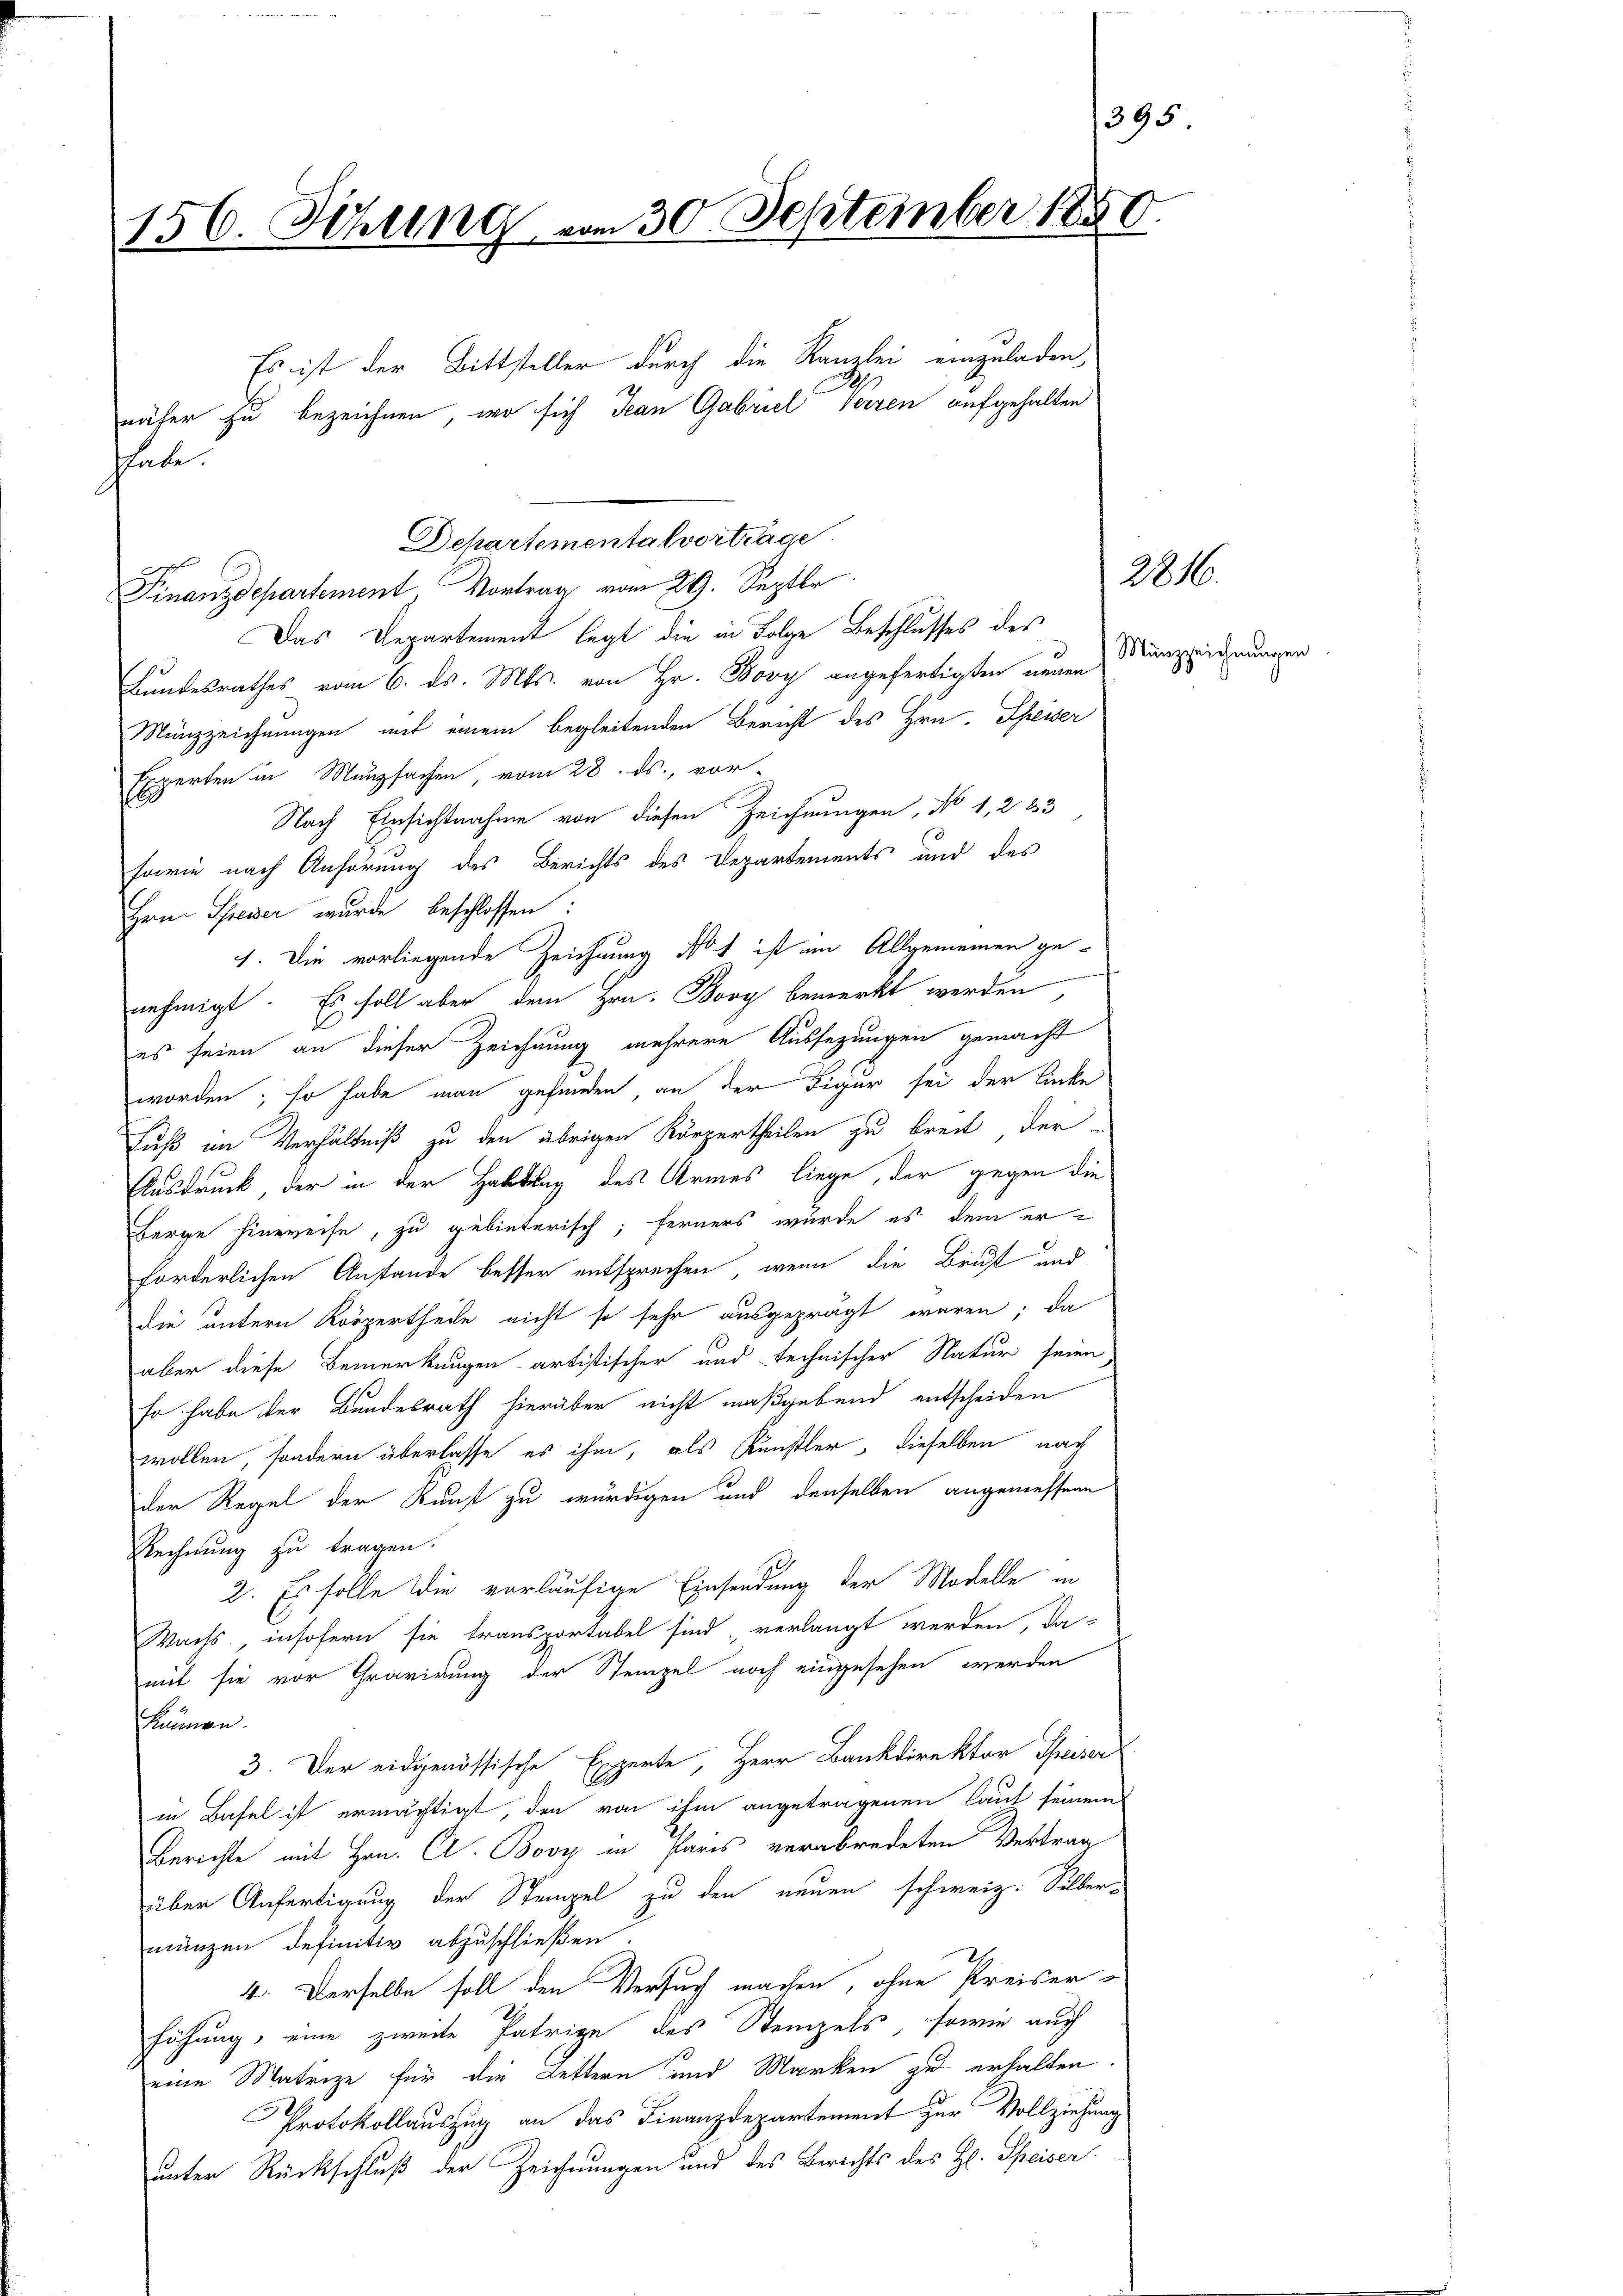
156. Sitzung vom 30. September 1880.

Es ist der Bittsteller durch die Kanzlei einzuladen,
Ih
näher zu bezeichnen, wo sich Jean Gabriel Verzen aufgehalten
Finanzdepartement, Vortrag vom 29. Septbr.
Das Departement legt die in Folge Beschlusses des
Bundesrathes vom 6. ds. Mts. von Hr. Bovy angefertigten neuen
Münzzeichnungen mit einem begleitenden Bericht des Hrn. Speiser
Experten in Münzsachen vom 28. ds., vor-
Nach Einsichtnahme von diesen Zeichnungen, No 1,2 33
sowie nach Anhörung des Berichts des Departements und des
Hrn. Schreier wurde beschlossen:
1. Die vorliegende Zeichnung No 1 ist im Allgemeinen ge-
nehmigt. Es soll aber dem Hrn. Bovy bemerkt werden
es seien an dieser Zeichnung mehrere Aussezungen gemacht
worden; so habe man gefunden an der Figur sei der linke
Fuß im Verhältniß zu den übrigen Körpertheilen zu breit der
Ausdruck, der in der Haltung des Armes liege, der gegen die
Berge hinweise, zu gebieterisch; ferners wurde es dem erforderlichen Anstande besser entsprechen, wenn die Brust und
die untern Körpertheile nicht so sehr ausgeprägt wären; da
aber diese Bemerkungen artistischer und technischer Natur seien
so habe der Bundesrath hierüber nicht maßgebend entscheiden
wollen, sondern überlasse es ihm, als Künstler, dieselben nach
der Regel der Kunst zu würdigen und denselben angenossen
Rechnung zu tragen.
2. Es solle die vorläufige Einsendung der Modelle in
Wachs insofern sie transportabel sind verlangt werden, da-
mit sie vor Gravirung der Stempel noch eingesehen werden
Lunnen.
3. Der eidgenössische Experte, Herr Bankdirektor Speiser
in Basel ist ermächtigt den von ihm angetragenen laut seinem
Berichte mit Hrn. C. Bovy in Paris verabredeten Vertrag
über Anfertigung der Stempel zu den neuen schweiz. Silber-
mänzen definitiv abzuschließen.
4. Derselbe soll den Versuch machen, ohne Preiser¬
Föhung, eine zweite Patrige des Stempels, sowie auch
eine Matrize für die Lettern und Marken zu erhalten.
Protokollauszug an das Finanzdepartement zur Vollziehung
unter Rückschluß der Zeichnungen und des Berichts des Hl. Speiser

Thate.

Departementalvorträge

1395.

2816.

Münzzeichnungen